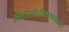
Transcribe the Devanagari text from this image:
किशोरीरमणजी